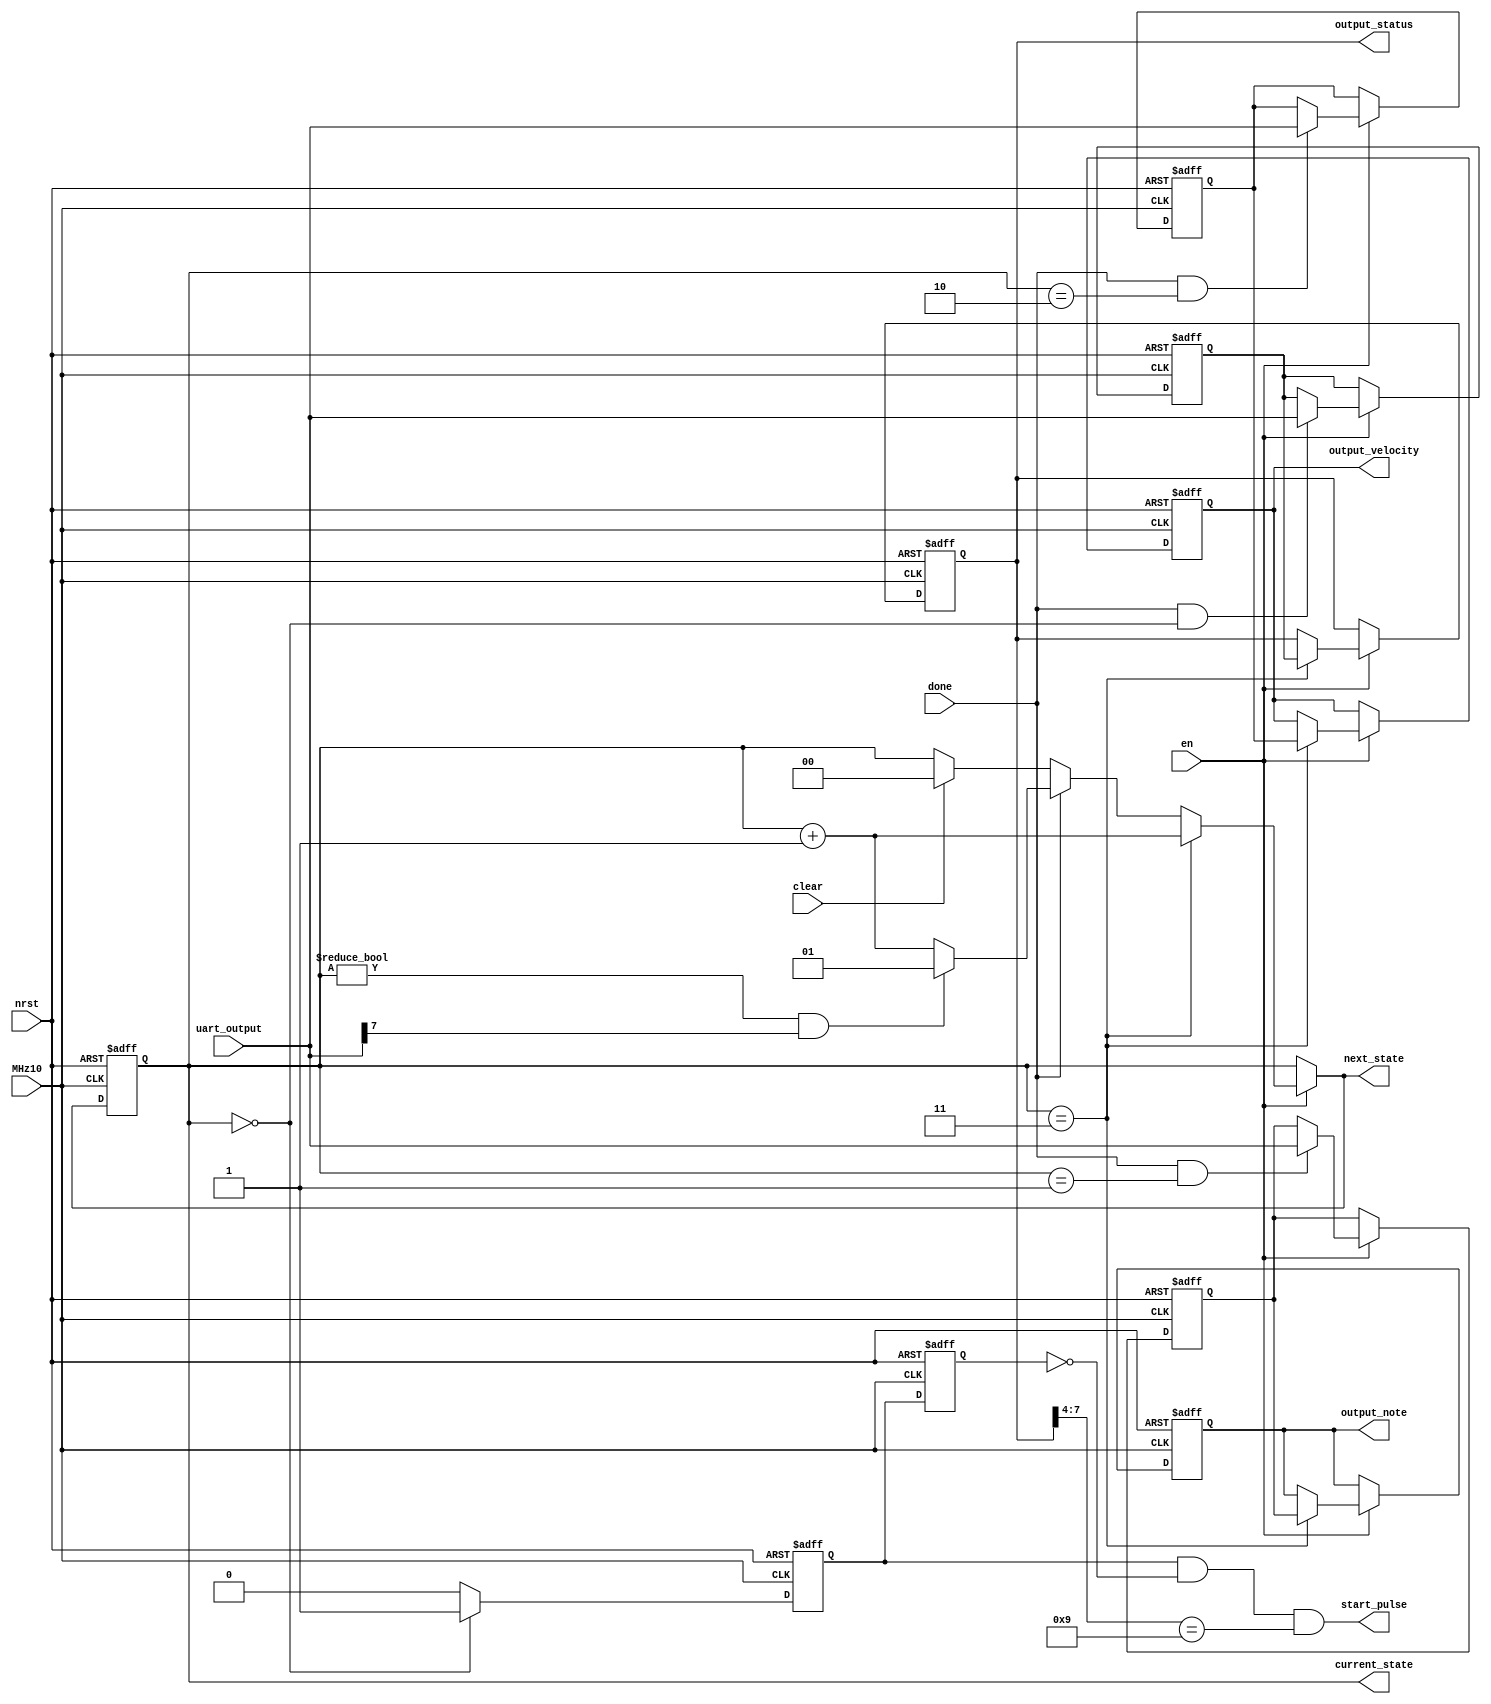
module midi_decoder (
	MHz10,
	nrst,
	en,
	clear,
	done,
	uart_output,
	output_note,
	output_velocity,
	output_status,
	current_state,
	next_state,
	start_pulse
);
	reg _sv2v_0;
	input wire MHz10;
	input wire nrst;
	input wire en;
	input wire clear;
	input wire done;
	input wire [7:0] uart_output;
	output reg [7:0] output_note;
	output reg [7:0] output_velocity;
	output reg [7:0] output_status;
	output reg [1:0] current_state;
	output reg [1:0] next_state;
	output wire start_pulse;
	reg [7:0] next_output_note;
	reg [7:0] next_output_velocity;
	reg [7:0] next_output_status;
	reg [7:0] next_note;
	reg [7:0] next_velocity;
	reg [7:0] next_status;
	reg [7:0] current_note;
	reg [7:0] current_velocity;
	reg [7:0] current_status;
	always @(posedge MHz10 or negedge nrst)
		if (!nrst) begin
			output_note <= 0;
			output_velocity <= 0;
			output_status <= 0;
			current_state <= 0;
			current_note <= 0;
			current_velocity <= 0;
			current_status <= 0;
		end
		else begin
			output_note <= next_output_note;
			output_velocity <= next_output_velocity;
			output_status <= next_output_status;
			current_state <= next_state;
			current_note <= next_note;
			current_velocity <= next_velocity;
			current_status <= next_status;
		end
	reg Q1;
	reg Q2;
	always @(posedge MHz10 or negedge nrst) begin : start_pulse_signal
		if (!nrst) begin
			Q1 <= 0;
			Q2 <= 0;
		end
		else begin
			if (current_state == 2'd0)
				Q1 <= 1;
			else
				Q1 <= 0;
			Q2 <= Q1;
		end
	end
	assign start_pulse = (Q1 && !Q2) && (output_status[7:4] == 4'h9);
	always @(*) begin
		if (_sv2v_0)
			;
		next_output_note = output_note;
		next_output_velocity = output_velocity;
		next_output_status = output_status;
		next_state = current_state;
		next_note = current_note;
		next_velocity = current_velocity;
		next_status = current_status;
		if (en) begin
			if (current_state == 2'd3) begin
				next_output_note = current_note;
				next_output_velocity = current_velocity;
				next_output_status = current_status;
			end
			if (clear)
				next_state = 2'd0;
			if (done) begin
				if ((current_state != 2'd0) && (uart_output[7] == 1))
					next_state = 2'd1;
				else
					next_state = current_state + 1;
			end
			if (current_state == 2'd3)
				next_state = current_state + 1;
			if (done && (current_state == 2'd1))
				next_note = uart_output;
			if (done && (current_state == 2'd2))
				next_velocity = uart_output;
			if (done && (current_state == 2'd0))
				next_status = uart_output;
		end
	end
	initial _sv2v_0 = 0;
endmodule